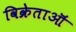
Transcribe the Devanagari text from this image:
विक्रेताऒं